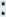
: